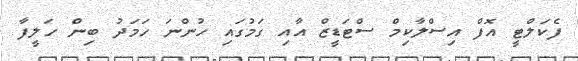
ފެކަލްޓީ އޮފް އިސްލާކިމް ސްޓަޑީޒް އާއި ގަމުގައި ހުންނަ ހަމަދު ބިން ހަލީފާ